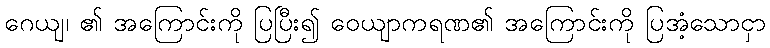
ဂေယျ၊ ၏ အကြောင်းကို ပြပြီး၍ ဝေယျာကရဏ၏ အကြောင်းကို ပြအံ့သောငှာ